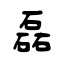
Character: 磊